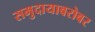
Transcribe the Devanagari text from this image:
समुदायाबरोबर